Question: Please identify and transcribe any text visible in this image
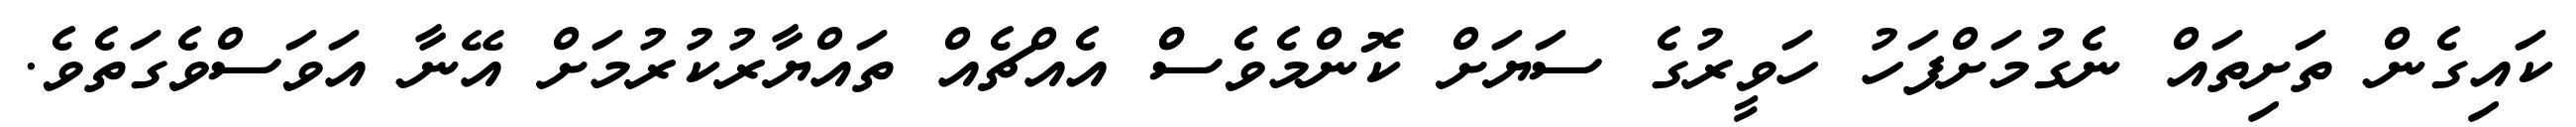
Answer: ކައިގެން ތަށިތައް ނެގުމަށްފަހު ހަވީރުގެ ސަޔަށް ކޮންމެވެސްް އެއްޗެއް ތައްޔާރުކުރުމަށް އޭނާ އަވަސްވެގަތެވެ.